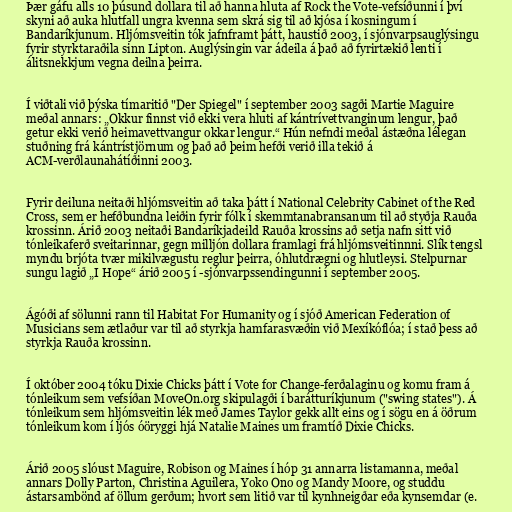
Þær gáfu alls 10 þúsund dollara til að hanna hluta af Rock the Vote-vefsíðunni í því
skyni að auka hlutfall ungra kvenna sem skrá sig til að kjósa í kosningum í
Bandaríkjunum. Hljómsveitin tók jafnframt þátt, haustið 2003, í sjónvarpsauglýsingu
fyrir styrktaraðila sinn Lipton. Auglýsingin var ádeila á það að fyrirtækið lenti í
álitsnekkjum vegna deilna þeirra.

Í viðtali við þýska tímaritið "Der Spiegel" í september 2003 sagði Martie Maguire
meðal annars: „Okkur finnst við ekki vera hluti af kántrívettvanginum lengur, það
getur ekki verið heimavettvangur okkar lengur.“ Hún nefndi meðal ástæðna lélegan
stuðning frá kántrístjörnum og það að þeim hefði verið illa tekið á
ACM-verðlaunahátíðinni 2003.

Fyrir deiluna neitaði hljómsveitin að taka þátt í National Celebrity Cabinet of the Red
Cross, sem er hefðbundna leiðin fyrir fólk í skemmtanabransanum til að styðja Rauða
krossinn. Árið 2003 neitaði Bandaríkjadeild Rauða krossins að setja nafn sitt við
tónleikaferð sveitarinnar, gegn milljón dollara framlagi frá hljómsveitinnni. Slík tengsl
myndu brjóta tvær mikilvægustu reglur þeirra, óhlutdrægni og hlutleysi. Stelpurnar
sungu lagið „I Hope“ árið 2005 í -sjónvarpssendingunni í september 2005.

Ágóði af sölunni rann til Habitat For Humanity og í sjóð American Federation of
Musicians sem ætlaður var til að styrkja hamfarasvæðin við Mexíkóflóa; í stað þess að
styrkja Rauða krossinn.

Í október 2004 tóku Dixie Chicks þátt í Vote for Change-ferðalaginu og komu fram á
tónleikum sem vefsíðan MoveOn.org skipulagði í barátturíkjunum ("swing states"). Á
tónleikum sem hljómsveitin lék með James Taylor gekk allt eins og í sögu en á öðrum
tónleikum kom í ljós óöryggi hjá Natalie Maines um framtíð Dixie Chicks.

Árið 2005 slóust Maguire, Robison og Maines í hóp 31 annarra listamanna, meðal
annars Dolly Parton, Christina Aguilera, Yoko Ono og Mandy Moore, og studdu
ástarsambönd af öllum gerðum; hvort sem litið var til kynhneigðar eða kynsemdar (e.